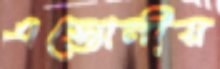
এস্তোনীয়